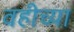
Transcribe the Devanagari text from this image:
वहीच्या